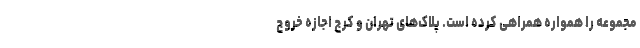
مجموعه را همواره همراهی کرده است. پلاک‌های تهران و کرج اجازه خروج